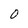
Character: 0